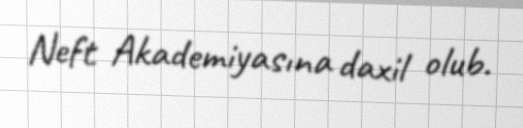
Neft Akademiyasına daxil olub.